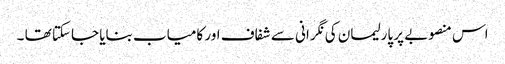
اس منصوبے پر پارلیمان کی نگرانی سے شفاف اور کامیاب بنایا جاسکتا تھا ۔